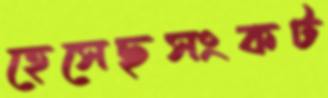
হেসেছসংকট